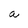
Character: a